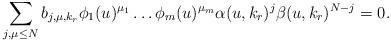
LaTeX: \begin{align*}\sum _{j,\mu \leq N} b_{j,\mu , k _r}\phi _1( u) ^{\mu _1}\ldots \phi _m( u)^{\mu _m} \alpha ( u, k _r)^j\beta ( u, k _r)^{N-j}=0.\end{align*}